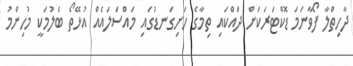
ދާހިތްލާ ފޯވާނަމަ ޑޮކްޓަރަކަށް ދައްކައި ތިމާގެ ހަށިގަނޑުގައި މައްސަލައެއް އުޅޭތޯ ބެލުމަކީ މުހިންމު